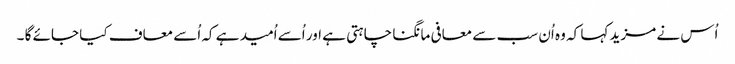
اُس نے مزید کہا کہ وہ اُن سب سے معافی مانگنا چاہتی ہے اور اُسے اُمید ہے کہ اُسے معاف کیا جائے گا ۔